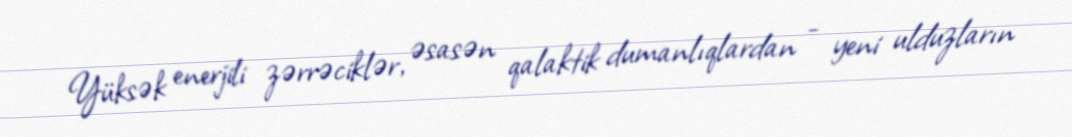
Yüksək enerjili zərrəciklər, əsasən qalaktik dumanlıqlardan - yeni ulduzların